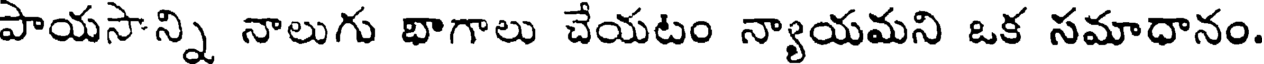
పాయసాన్ని నాలుగు భాగాలు చేయటం న్యాయమని ఒక సమాధానం.